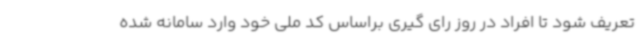
تعریف شود تا افراد در روز رای گیری براساس کد ملی خود وارد سامانه شده